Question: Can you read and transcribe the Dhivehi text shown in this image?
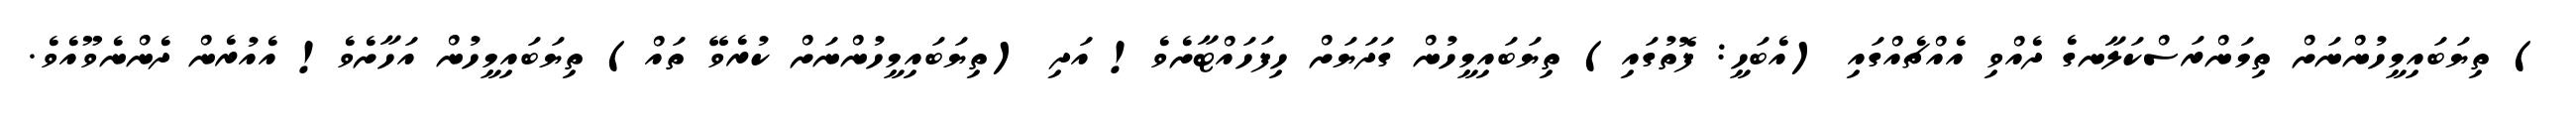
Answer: ) ތިޔަބައިމީހުންނަށް ތިމަންރަސްކަލާނގެ ދެއްވި އެއްޗެއްގައި (އެބަހީ: ފޮތުގައި) ތިޔަބައިމީހުން ގަދަޔަށް ހިފަހައްޓާށެވެ! އަދި (ތިޔަބައިމީހުންނަށް ކުރެވޭ ތައް) ތިޔަބައިމީހުން އަހާށެވެ! އެއުރެން ދެންނެވޫއެވެ.